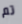
تم